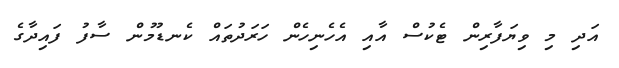
އަދި މި ވިޔަފާރިން ޓެކުސް އާއި އެހެނިހެން ހަރަދުތައް ކެނޑުމުން ސާފު ފައިދާގެ